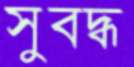
সুবদ্ধ